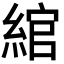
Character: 綰